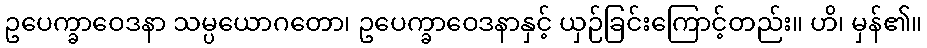
ဥပေက္ခာဝေဒနာ သမ္ပယောဂတော၊ ဥပေက္ခာဝေဒနာနှင့် ယှဉ်ခြင်းကြောင့်တည်း။ ဟိ၊ မှန်၏။